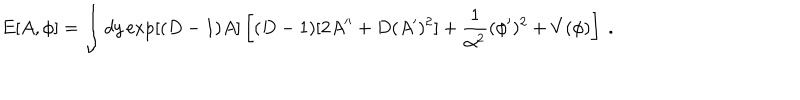
LaTeX: E [ A , \phi ] = \int d y \exp [ ( D - 1 ) A ] \left[ ( D - 1 ) [ 2 A ^ { \prime \prime } + D ( A ^ { \prime } ) ^ { 2 } ] + { \frac { 1 } { \alpha ^ { 2 } } } ( \phi ^ { \prime } ) ^ { 2 } + V ( \phi ) \right] ~ .